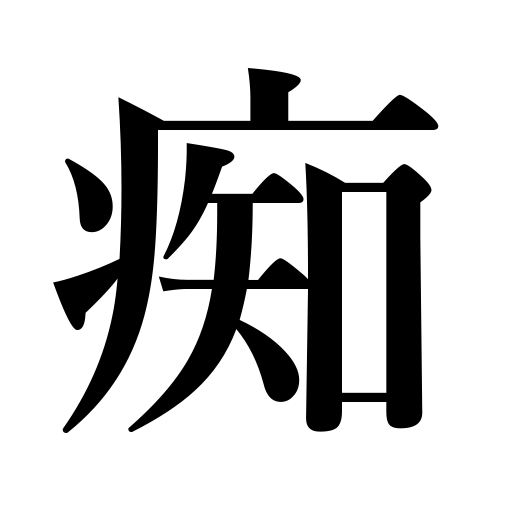
Meanings: foolish